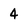
Character: 4